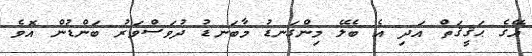
އޭގެ ޙަޤީޤަތް އަދި އެ ބެލޭ މިންގަނޑު މާބަނޑު ދުވަސްވަރު ބަންޑުން އޮވެ